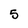
Character: 5